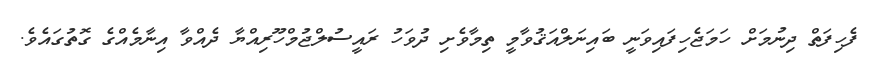
ފެހިފަތް ދިނުމަށް ހަމަޖެހިފައިވަނީ ބައިނަލްއަޤުވާމީ ތިމާވެށި ދުވަހު ރައީސުލްޖުމްހޫރިއްޔާ ދެއްވާ އިނާމެއްގެ ގޮތުގައެވެ.